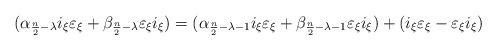
LaTeX: \begin{align*} (\alpha_{\frac n2-\lambda}i_\xi\varepsilon_\xi+\beta_{\frac n2-\lambda}\varepsilon_\xi i_\xi) =(\alpha_{\frac n2-\lambda-1}i_\xi\varepsilon_\xi+\beta_{\frac n2-\lambda-1}\varepsilon_\xi i_\xi) +(i_\xi\varepsilon_\xi-\varepsilon_\xi i_\xi) \end{align*}